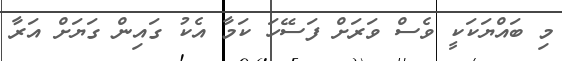
މި ބައްޔަކަކީ ވެސް ވަރަށް ފަސޭހަ ކަމާ އެކު ގައިން ގަޔަށް އަރާ